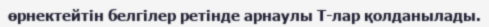
өрнектейтін белгілер ретінде арнаулы Т-лар қолданылады.